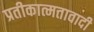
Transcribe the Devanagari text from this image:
प्रतीकात्मतावादी